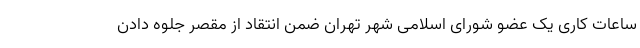
ساعات کاری یک عضو شورای اسلامی شهر تهران ضمن انتقاد از مقصر جلوه دادن